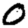
Digit: 0